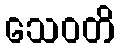
သေဝတိ